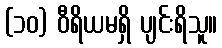
(၁၀) ဝီရိယမရှိ ပျင်းရိသူ။